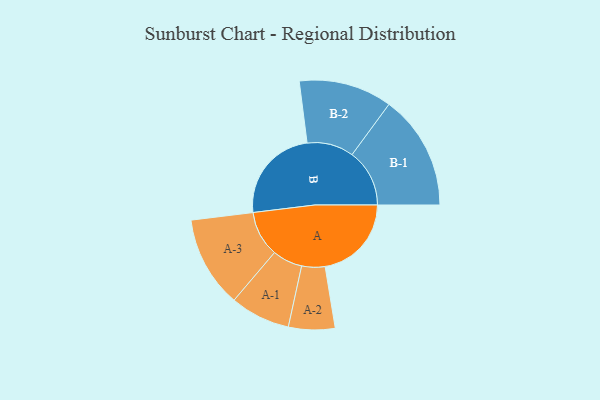
{"axis": {"x": "Segment", "y": "Value"}, "legend": ["", "A", "B"], "data": [{"x": "A", "y": 446, "type": ""}, {"x": "B", "y": 496, "type": ""}, {"x": "A-1", "y": 155, "type": "A"}, {"x": "A-2", "y": 120, "type": "A"}, {"x": "A-3", "y": 236, "type": "A"}, {"x": "B-1", "y": 297, "type": "B"}, {"x": "B-2", "y": 241, "type": "B"}]}